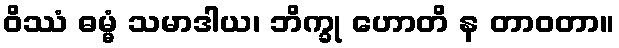
ဝိဿံ ဓမ္မံ သမာဒါယ၊ ဘိက္ခု ဟောတိ န တာဝတာ။